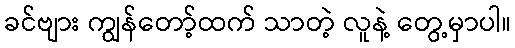
ခင်ဗျား ကျွန်တော့်ထက် သာတဲ့ လူနဲ့ တွေ့မှာပါ။